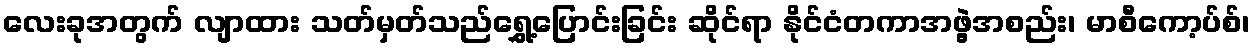
လေးခုအတွက် လျာထား သတ်မှတ်သည်ရွှေ့ပြောင်းခြင်း ဆိုင်ရာ နိုင်ငံတကာအဖွဲ့အစည်း၊ မာစီကော့ပ်စ်၊